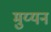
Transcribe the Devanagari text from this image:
मुय्यन